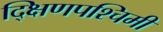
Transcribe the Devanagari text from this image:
द्क्षिणपश्चिमी